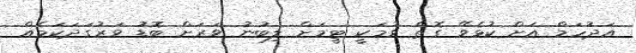
އަދުހަމް އަށް ކުޅެވޭ ގޮތް ވުމަކީ ޓީމަށް ލިބުނު ވަރަށް ބޮޑު ވަރުގަދަކަމެއް